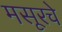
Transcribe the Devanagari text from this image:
मसूरचे